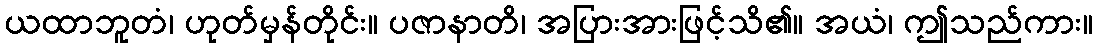
ယထာဘူတံ၊ ဟုတ်မှန်တိုင်း။ ပဇာနာတိ၊ အပြားအားဖြင့်သိ၏။ အယံ၊ ဤသည်ကား။